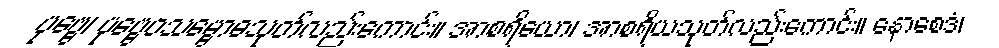
ပုဗ္ဗေ၊ ပုဗ္ဗေဝသမ္ဗောဓသုတ်လည်းကောင်း။ အာစရိယော၊ အာစရိယသုတ်လည်းကောင်း။ နောစေဒံ၊